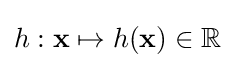
h:\mathbf {x} \mapsto h(\mathbf {x} )\in \mathbb {R}